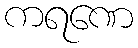
ကရဏေ